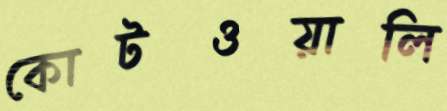
কোটওয়ালি